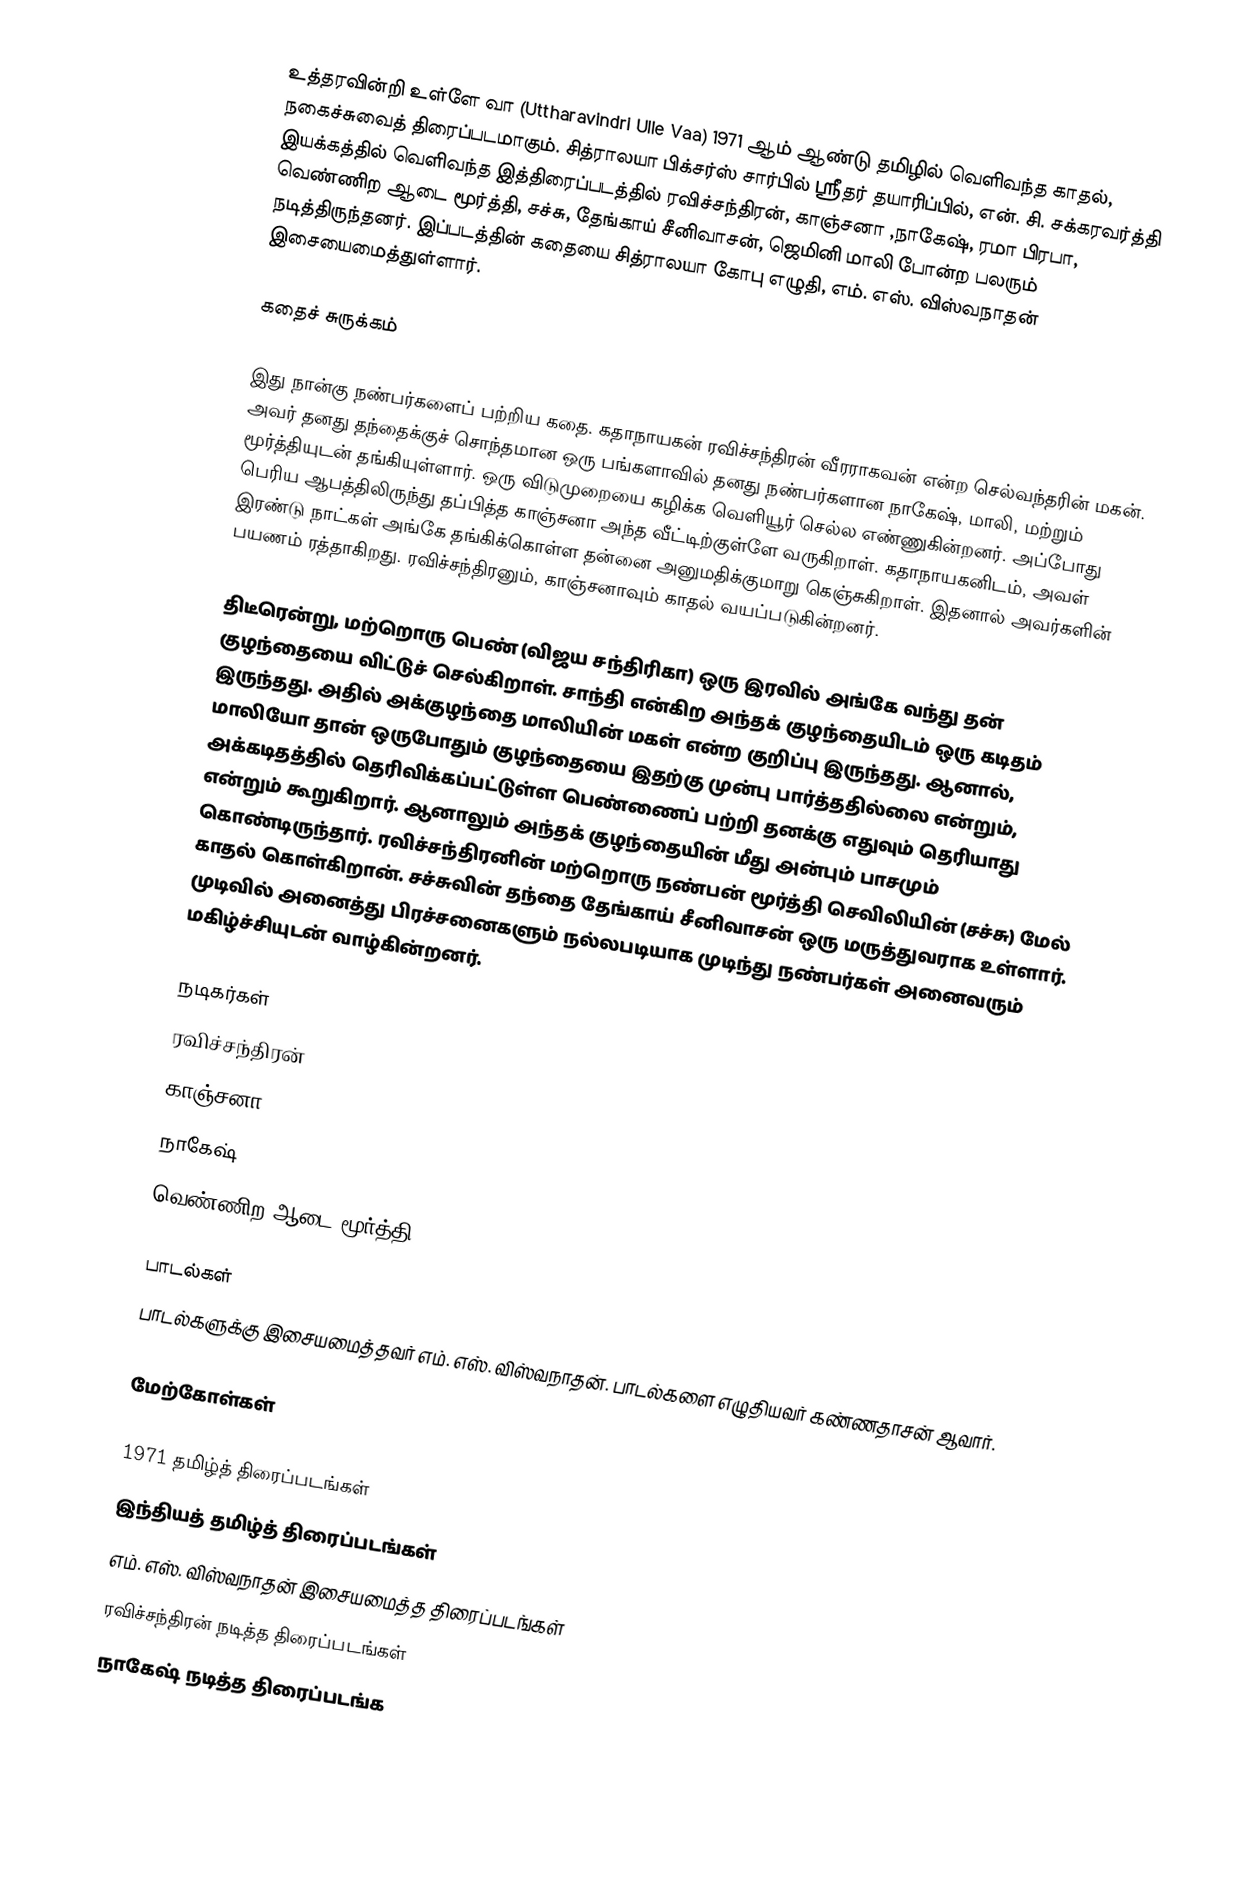
உத்தரவின்றி உள்ளே வா (Uttharavindri Ulle Vaa) 1971 ஆம் ஆண்டு தமிழில் வெளிவந்த காதல், நகைச்சுவைத் திரைப்படமாகும். சித்ராலயா பிக்சர்ஸ் சார்பில் ஸ்ரீதர் தயாரிப்பில், என். சி. சக்கரவர்த்தி இயக்கத்தில் வெளிவந்த இத்திரைப்படத்தில் ரவிச்சந்திரன், காஞ்சனா ,நாகேஷ், ரமா பிரபா, வெண்ணிற ஆடை மூர்த்தி,  சச்சு, தேங்காய் சீனிவாசன், ஜெமினி மாலி போன்ற பலரும் நடித்திருந்தனர்.   இப்படத்தின் கதையை சித்ராலயா கோபு எழுதி, எம். எஸ். விஸ்வநாதன் இசையைமைத்துள்ளார்.

கதைச் சுருக்கம்

இது நான்கு நண்பர்களைப் பற்றிய கதை.  கதாநாயகன் ரவிச்சந்திரன் வீரராகவன் என்ற செல்வந்தரின் மகன்.  அவர்  தனது தந்தைக்குச் சொந்தமான ஒரு பங்களாவில் தனது நண்பர்களான நாகேஷ், மாலி, மற்றும் மூர்த்தியுடன் தங்கியுள்ளார்.  ஒரு விடுமுறையை கழிக்க வெளியூர் செல்ல எண்ணுகின்றனர். அப்போது பெரிய ஆபத்திலிருந்து தப்பித்த காஞ்சனா அந்த வீட்டிற்குள்ளே வருகிறாள்.  கதாநாயகனிடம், அவள் இரண்டு நாட்கள் அங்கே தங்கிக்கொள்ள தன்னை அனுமதிக்குமாறு கெஞ்சுகிறாள். இதனால் அவர்களின் பயணம் ரத்தாகிறது.  ரவிச்சந்திரனும், காஞ்சனாவும் காதல் வயப்படுகின்றனர்.

திடீரென்று,  மற்றொரு பெண் (விஜய சந்திரிகா) ஒரு இரவில் அங்கே வந்து தன் குழந்தையை விட்டுச் செல்கிறாள். சாந்தி என்கிற அந்தக் குழந்தையிடம் ஒரு கடிதம் இருந்தது. அதில் அக்குழந்தை மாலியின் மகள் என்ற குறிப்பு இருந்தது. ஆனால், மாலியோ தான் ஒருபோதும் குழந்தையை இதற்கு முன்பு பார்த்ததில்லை என்றும், அக்கடிதத்தில் தெரிவிக்கப்பட்டுள்ள பெண்ணைப் பற்றி தனக்கு எதுவும் தெரியாது என்றும்  கூறுகிறார். ஆனாலும் அந்தக் குழந்தையின் மீது அன்பும் பாசமும் கொண்டிருந்தார்.  ரவிச்சந்திரனின் மற்றொரு நண்பன் மூர்த்தி செவிலியின் (சச்சு) மேல் காதல் கொள்கிறான். சச்சுவின் தந்தை தேங்காய் சீனிவாசன் ஒரு மருத்துவராக உள்ளார். முடிவில் அனைத்து பிரச்சனைகளும் நல்லபடியாக முடிந்து நண்பர்கள் அனைவரும் மகிழ்ச்சியுடன் வாழ்கின்றனர்.

நடிகர்கள்
ரவிச்சந்திரன்
காஞ்சனா
நாகேஷ்
வெண்ணிற ஆடை மூர்த்தி

பாடல்கள்
பாடல்களுக்கு இசையமைத்தவர் எம். எஸ். விஸ்வநாதன். பாடல்களை எழுதியவர் கண்ணதாசன் ஆவார்.

மேற்கோள்கள்

1971 தமிழ்த் திரைப்படங்கள்
இந்தியத் தமிழ்த் திரைப்படங்கள்
எம். எஸ். விஸ்வநாதன் இசையமைத்த திரைப்படங்கள்
ரவிச்சந்திரன் நடித்த திரைப்படங்கள்
நாகேஷ் நடித்த திரைப்படங்க